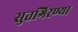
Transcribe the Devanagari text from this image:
सुतगिरण्या